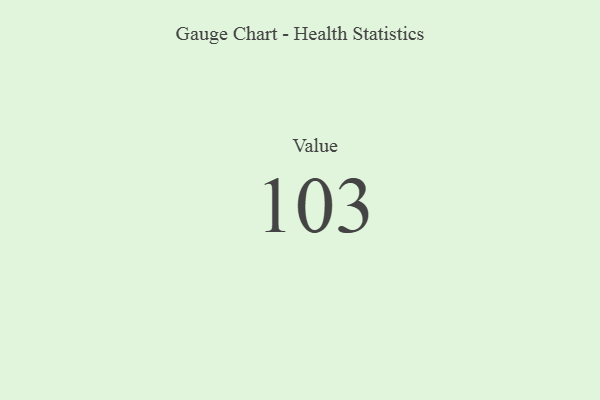
{"axis": {"x": "Metric", "y": "Value"}, "legend": [""], "data": [{"x": "Value", "y": 103, "type": ""}]}